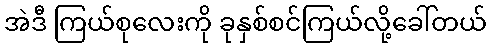
အဲဒီ ကြယ်စုလေးကို ခုနှစ်စင်ကြယ်လို့ခေါ်တယ်